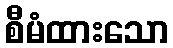
စီမံထားသော